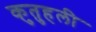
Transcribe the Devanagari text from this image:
कुतुहली